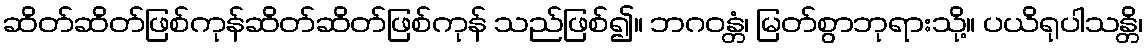
ဆိတ်ဆိတ်ဖြစ်ကုန်ဆိတ်ဆိတ်ဖြစ်ကုန် သည်ဖြစ်၍။ ဘဂဝန္တံ၊ မြတ်စွာဘုရားသို့။ ပယိရုပါသန္တိ၊